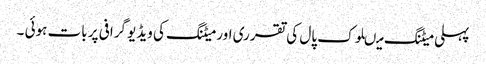
پہلی میٹنگ میںلوک پال کی تقرری اور میٹنگ کی ویڈیو گرافی پر بات ہوئی ۔